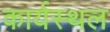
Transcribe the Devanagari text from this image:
कार्यस्‍थल